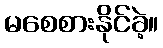
မစေစားနိုင်ခဲ့။